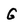
Character: G